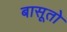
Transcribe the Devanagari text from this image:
बासूतो